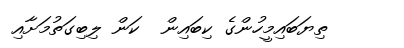
ތިޔަބައިމީހުންގެ ކިބައިން  ކަން ލިބިގަތުމަށާއި